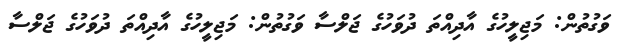
ވަގުތުން: މަޖިލީހުގެ އާދިއްތަ ދުވަހުގެ ޖަލްސާ ވަގުތުން: މަޖިލީހުގެ އާދިއްތަ ދުވަހުގެ ޖަލްސާ